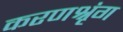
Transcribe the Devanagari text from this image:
करणश्रृंग